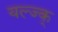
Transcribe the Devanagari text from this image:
यल्ज्क्